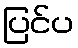
ပြင်ပ